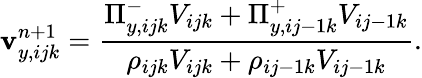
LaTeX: \mathbf{v}_{y,ijk}^{n+1}=\frac{{\Pi_{y,ijk}^{-}V_{ijk}+\Pi_{y,ij-1k}^{+}V_{ij-1k}}}{{\rho_{ijk}V_{ijk}+\rho_{ij-1k}V_{ij-1k}}}.